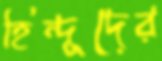
হিন্দূদের